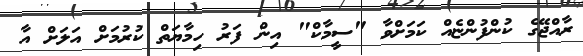
ރާއްޖޭގެ ކުންފުންޏެއް ކަމަށްވާ "ސީމާކް" އިން ފަރު ހިމާޔަތް ކުރުމަށް އަލަށް އާ